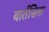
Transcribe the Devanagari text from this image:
वार्तसिला